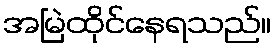
အမြဲထိုင်နေရသည်။